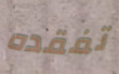
تفقده